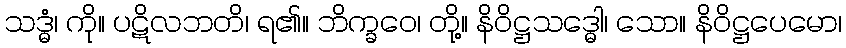
သဒ္ဓံ၊ ကို။ ပဋိလဘတိ၊ ရ၏။ ဘိက္ခဝေ၊ တို့။ နိဝိဋ္ဌသဒ္ဓေါ၊ သော။ နိဝိဋ္ဌပေမော၊